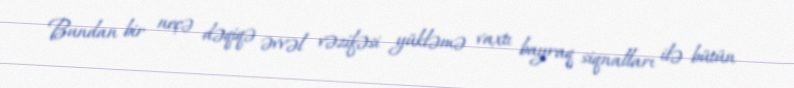
Bundan bir neçə dəqiqə əvvəl vəzifəsi yükləmə vaxtı bayraq siqnalları ilə bütün